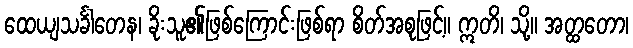
ထေယျသင်္ခါတေန၊ ခိုးသူ၏ဖြစ်ကြောင်းဖြစ်ရာ စိတ်အစုဖြင့်။ ဣတိ၊ သို့။ အတ္ထတော၊